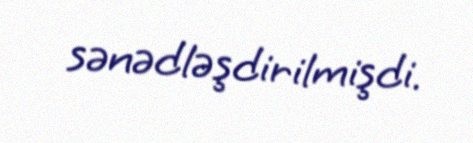
sənədləşdirilmişdi.